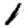
Digit: 1